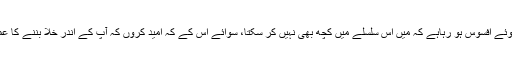
مجھے یہ کہتے ہوئے افسوس ہو رہاہے کہ میں اس سلسلے میں کچھ بھی نہیں کر سکتا، سوائے اس کے کہ امید کروں کہ آپ کے اندر خلا بننے کا عمل تکلیف دہ نہ ہو۔